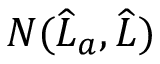
N ( \widehat { L } _ { a } , \widehat { L } )